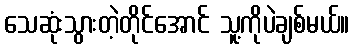
သေဆုံးသွားတဲ့တိုင်အောင် သူ့ကိုပဲချစ်မယ်။